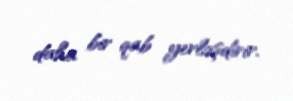
daha bir qab yerləşdirir.